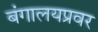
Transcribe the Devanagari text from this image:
बंगालयप्रवर